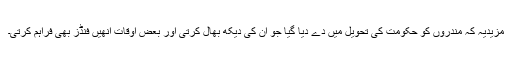
مزیدیہ کہ مندروں کو حکومت کی تحویل میں دے دیا گیا جو ان کی دیکھ بھال کرتی اور بعض اوقات انھیں فنڈز بھی فراہم کرتی۔